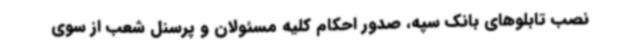
نصب تابلوهای بانک سپه، صدور احکام کلیه مسئولان و پرسنل شعب از سوی